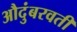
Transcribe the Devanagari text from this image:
औदुंबरवती